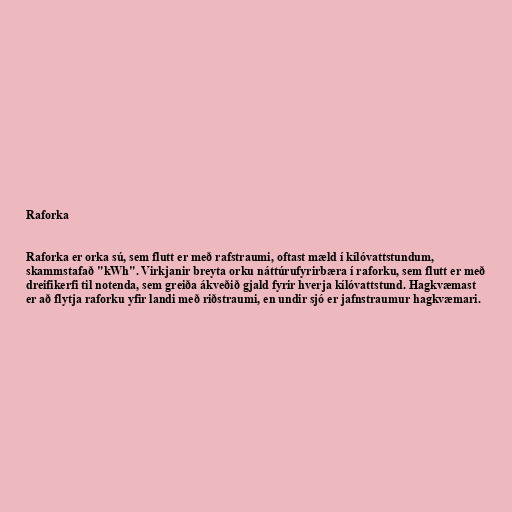
Raforka

Raforka er orka sú, sem flutt er með rafstraumi, oftast mæld í kílóvattstundum,
skammstafað "kWh". Virkjanir breyta orku náttúrufyrirbæra í raforku, sem flutt er með
dreifikerfi til notenda, sem greiða ákveðið gjald fyrir hverja kílóvattstund. Hagkvæmast
er að flytja raforku yfir landi með riðstraumi, en undir sjó er jafnstraumur hagkvæmari.